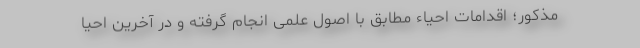
مذکور؛ اقدامات احیاء مطابق با اصول علمی انجام گرفته و در آخرین احیا